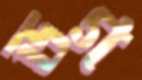
ডগ